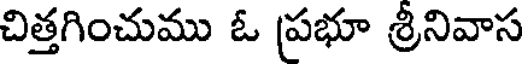
చిత్తగించుము ఓ ప్రభూ శ్రీనివాస